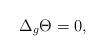
LaTeX: \begin{align*}\Delta_g \Theta=0,\end{align*}